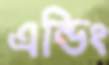
এন্ডিং